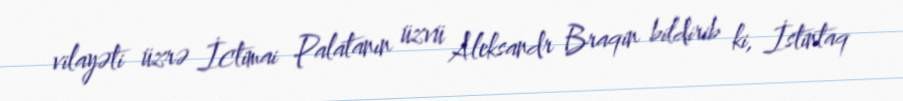
vilayəti üzrə İctimai Palatanın üzvü Aleksandr Braqin bildirib ki, İstintaq